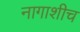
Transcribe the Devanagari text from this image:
नागाशीच